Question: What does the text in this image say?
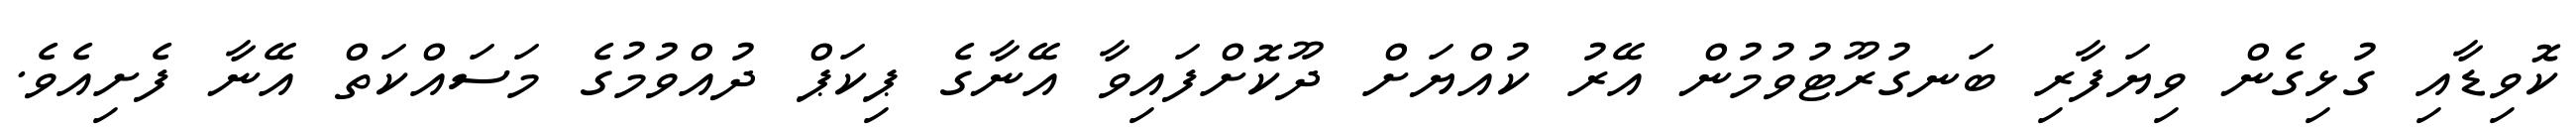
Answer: ކޮވިޑާއި ގުޅިގެން ވިޔަފާރި ބަނގުރޫޓުވުމުން އޭރު ކުއްޔަށް ދޫކޮށްފައިވާ އޭނާގެ ޕިކަޕް ދުއްވުމުގެ މަސައްކަތް އޭނާ ފެށިއެވެ.